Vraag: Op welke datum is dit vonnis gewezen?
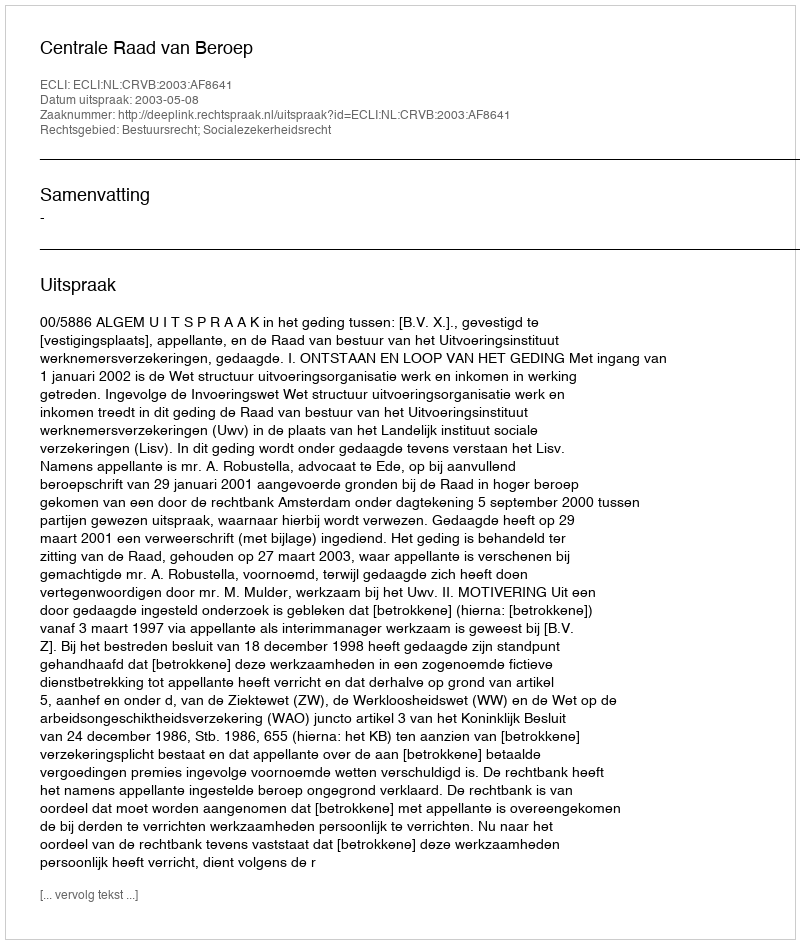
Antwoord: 2003-05-08